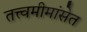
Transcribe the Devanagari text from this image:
तत्त्वमीमांसेत